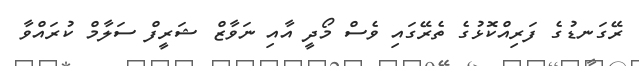
ރޭގަނޑުގެ ފަރިއްކޮޅުގެ ތެރޭގައި ވެސް މޯދީ އާއި ނަވާޒް ޝަރީފް ސަލާމް ކުރައްވާ